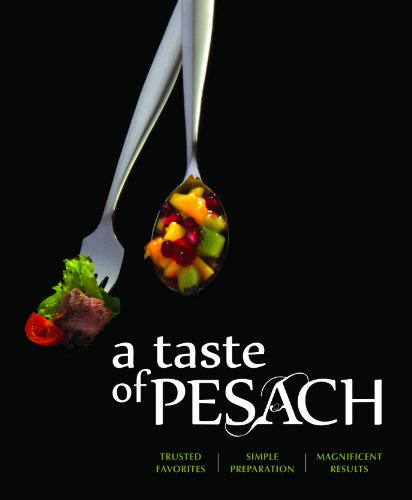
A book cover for A Taste of Pesach: Trusted Favorites, Simple Preparation, Magnificent Results; Yeshiva Me'on Hatorah; Cookbooks, Food & Wine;